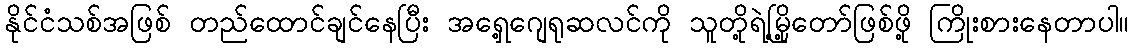
နိုင်ငံသစ်အဖြစ် တည်ထောင်ချင်နေပြီး အရှေ့ဂျေရုဆလင်ကို သူတို့ရဲ့မြို့တော်ဖြစ်ဖို့ ကြိုးစားနေတာပါ။